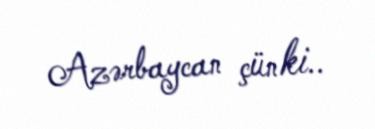
Azərbaycan çünki..